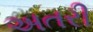
અતરી